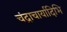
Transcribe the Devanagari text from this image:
चंद्राचार्यादिभि